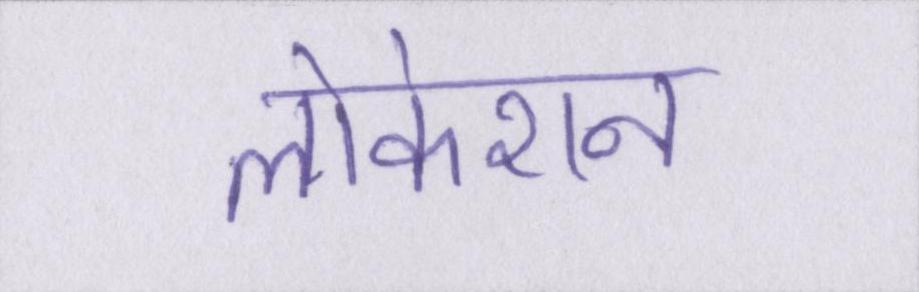
लोकेशन